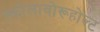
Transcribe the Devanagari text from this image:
स्कोलावोरूहोल्ट